Martna_vallavalitsus, lk 7
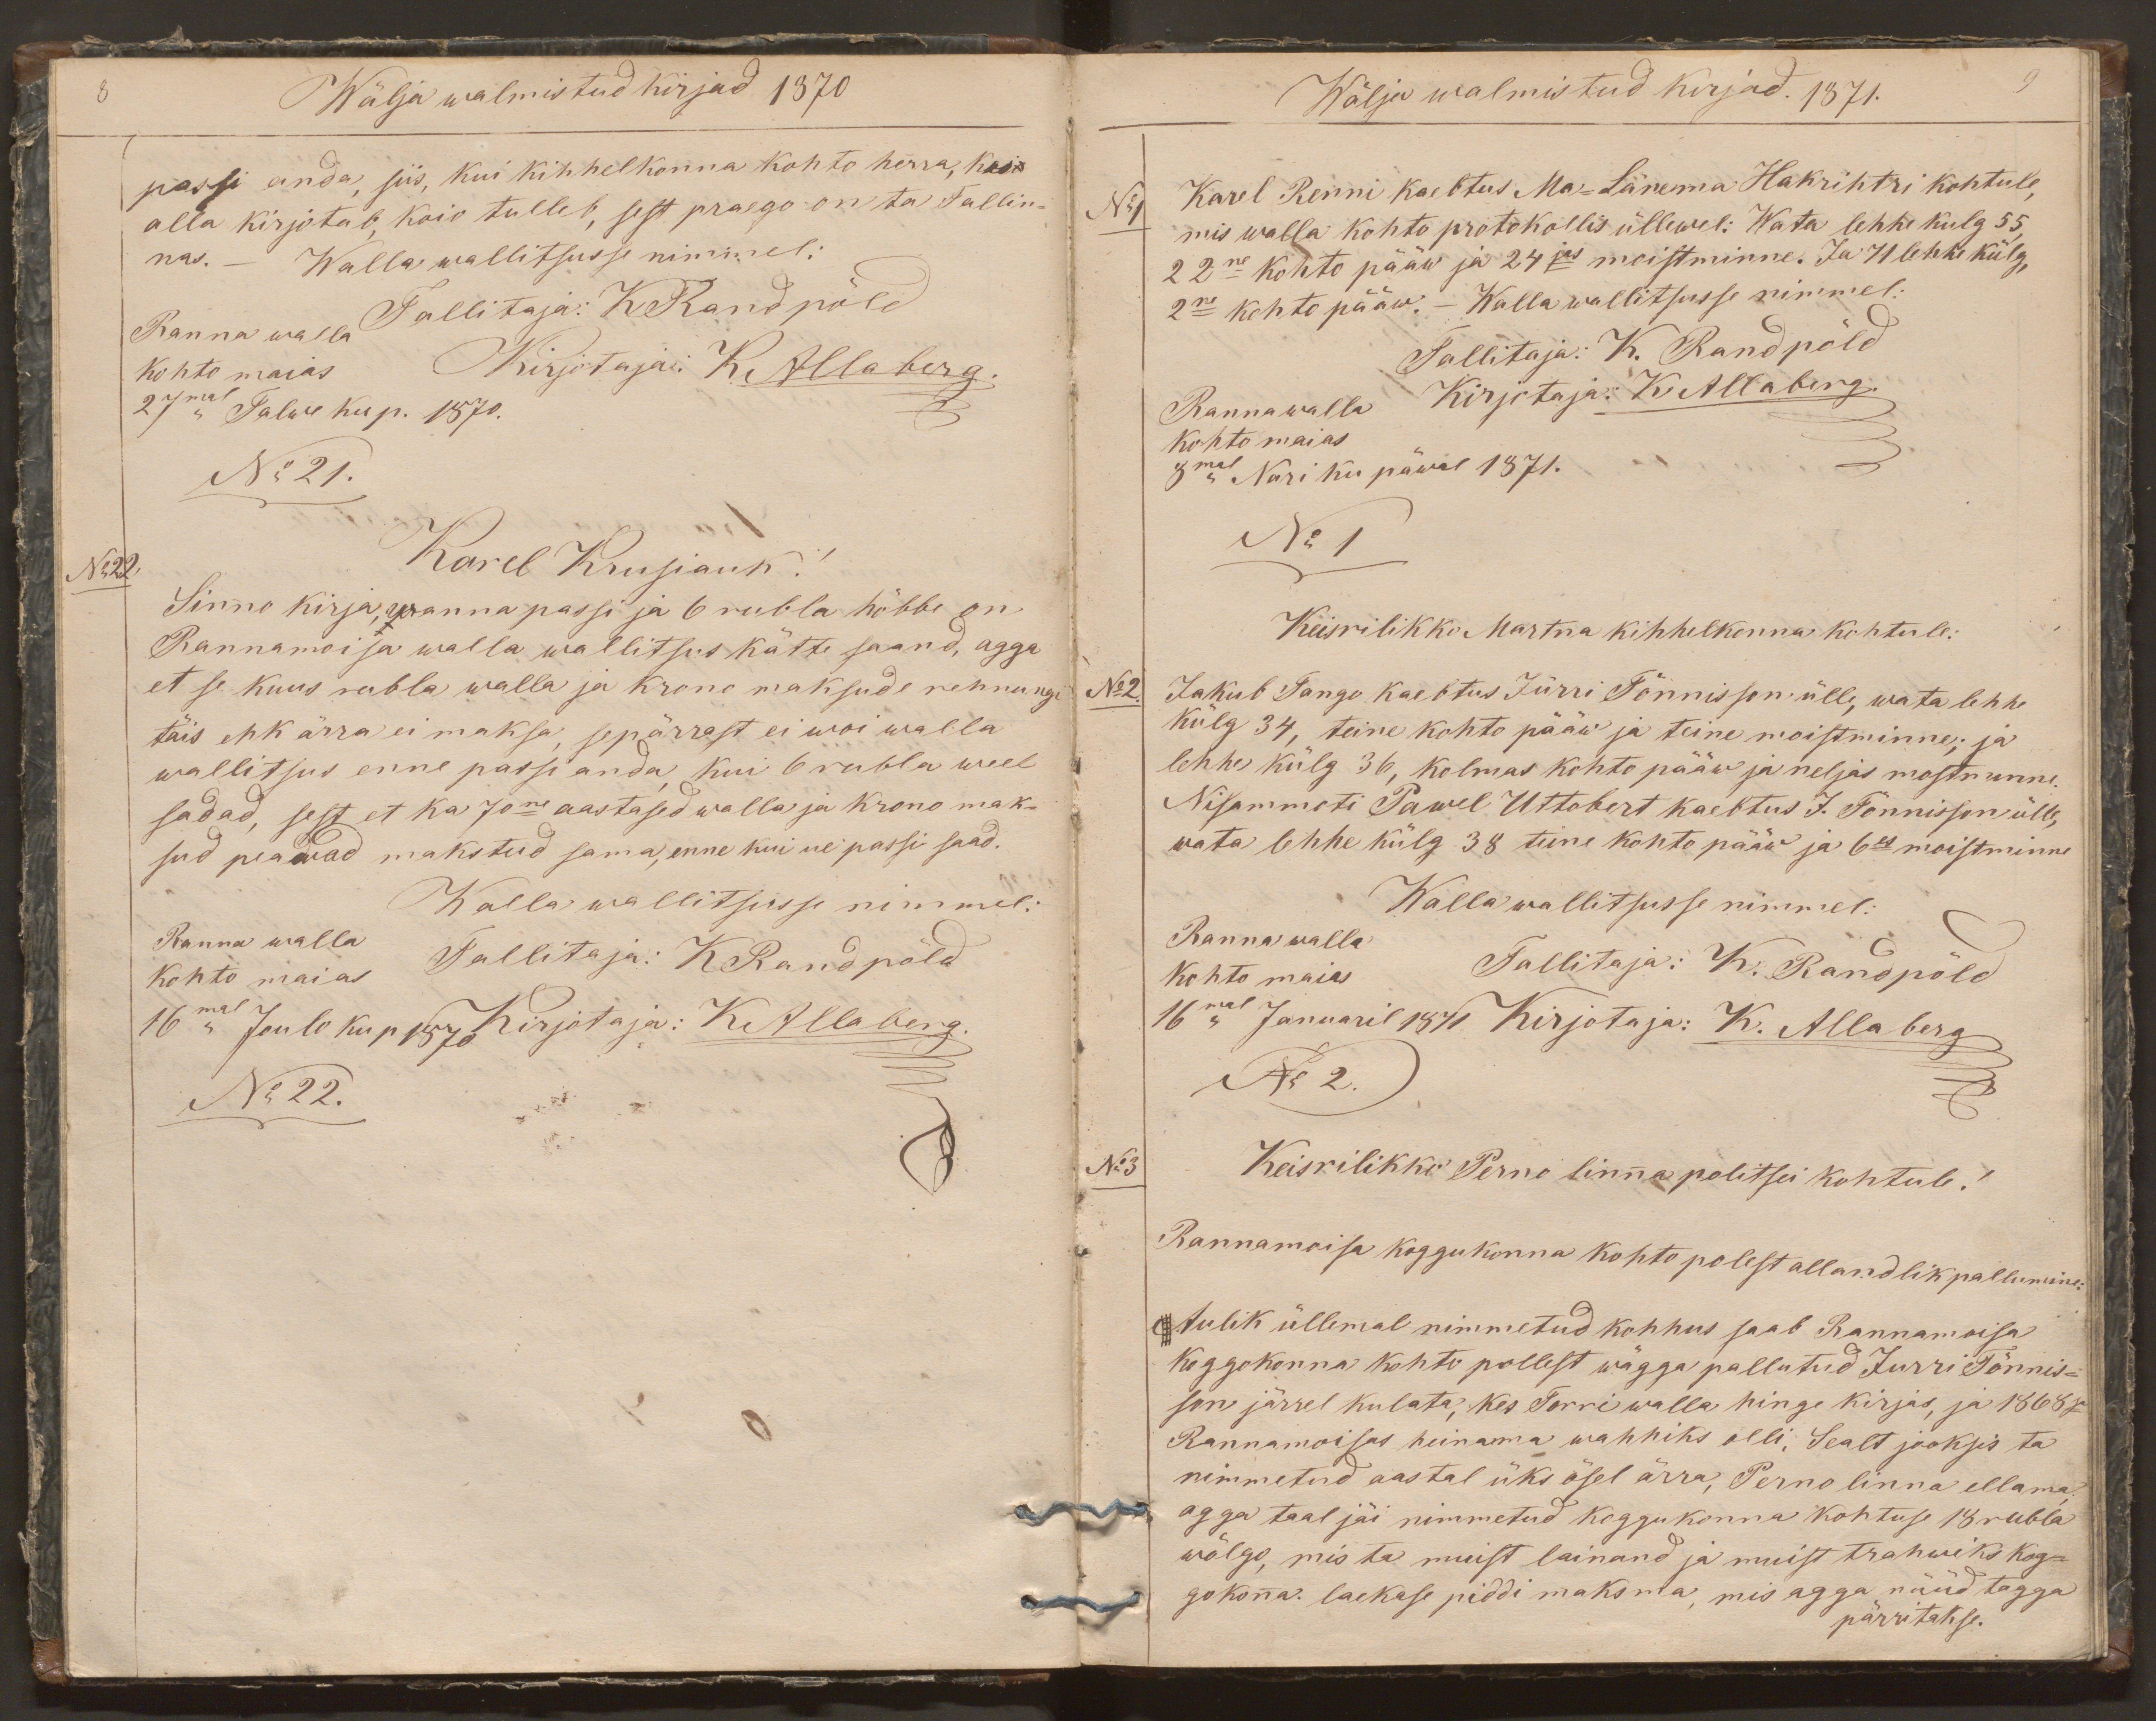
Wälja walmistud kirjad 1870
passi anda, siis, kui kihhelkonna kohto herra, kes
alla kirjotab, koio tulleb, sest praego on ta Tallin-
nas. -
Walla wallitsusse nimmel:
Ranna walla
Tallitaja: K Randpõld
kohto maias
Kirjotaja: KAllaberg.
27mal Talwe ku p. 1870.
No 21.
No 22.
Karel Krusiauk!
Sinno kirja, wanna passi ja 6 rubla hõbbe on
Rannamoisa walla wallitsus kätte saand, agga
et se kuus rubla walla ja krono maksude rehnungi
täis ehk ärra ei maksa, sepärrast ei woi walla
wallitsus enne passi anda, kui 6 rubla weel
sadad, sest et ka 70ne aastased walla ja krono mak-
sud peawad makstud sama, enne kui ue passi saad.
Walla wallitsusse nimmel:
Ranna walla
kohto maias
Tallitaja: KRandpõld
16mal Joulo ku p 1870
Kirjotaja: KAllaberg.
No 22.

Wälja walmistud kirjad. 1871.
9
No 1
Karel Renni kaebtus Ma-Länema Hakrihtri kohtule,
mis walla kohto protokollis üllewal: Wata lehhe kulg 55
22ne kohto pääw ja 24jas moistminne. Ja 71 lehhe külg
2ne kohto pääw. - Walla wallitsusse nimmel:
Tallitaja: K. Randpõld
Ranna walla
Kirjotaja: K Allaberg.
kohto maias
8mal Nari ku päwal 1871.
No 1
Keisrilikko Martna kihhelkonna kohtule:
No 2.
Jakub Tange kaebtus Jürri Tõnnisson ülle, wata lehhe
külg 34, teine kohto pääw ja teine moistminne; ja
lehhe külg 36, kolmas kohto pääw ja neljas moistminne
Nisammoti Pawel Uttobert kaebtus J. Tõnnisson ülle,
wata lehhe külg 38 teine kohto pääw ja 6es moistminne
Walla wallitsusse nimmel:
kohto maias
Ranna walla
Tallitaja: K. Randpõld
16mal Januaril 1871
Kirjotaja: K. Allaberg
No 2.
No 3
Keisrilikko Perno linna politsei kohtule!
Rannamoisa koggukonna kohto polest allandlik pallumine:
Aulik üllemal nimmetud kohhus saab Rannamoisa
koggokonna kohto pollest wägga pallutud Jurri Tõnnis-
son järrel kulata, kes Torri walla hinge kirjas, ja 1868sa
Rannamoisas heinama wahhiks olli. Sealt jooksis ta
nimmetud aastal üks ösel ärra, Perno linna ellama
agga taal jäi nimmetud koggukonna kohtuse 18 rubla
wõlgo, mis ta muist lainand ja muist trahwiks kog-
gokonna. laekase piddi maksma, mis agga nüüd tagga
pärritakse.